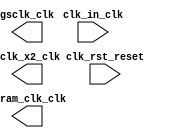

module Pll (
	clk_in_clk,
	clk_rst_reset,
	gsclk_clk,
	sclk_x2_clk,
	sdram_clk_clk);	

	input		clk_in_clk;
	input		clk_rst_reset;
	output		gsclk_clk;
	output		sclk_x2_clk;
	output		sdram_clk_clk;
endmodule